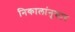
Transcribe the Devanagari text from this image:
निकालांनुसार